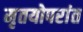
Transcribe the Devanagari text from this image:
मृतयोपरांत